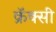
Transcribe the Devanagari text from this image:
क्रॅक्सी